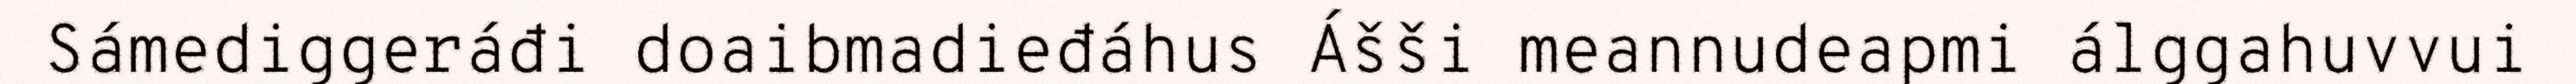
Sámediggeráđi doaibmadieđáhus Ášši meannudeapmi álggahuvvui